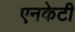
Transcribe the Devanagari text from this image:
एनकेटी